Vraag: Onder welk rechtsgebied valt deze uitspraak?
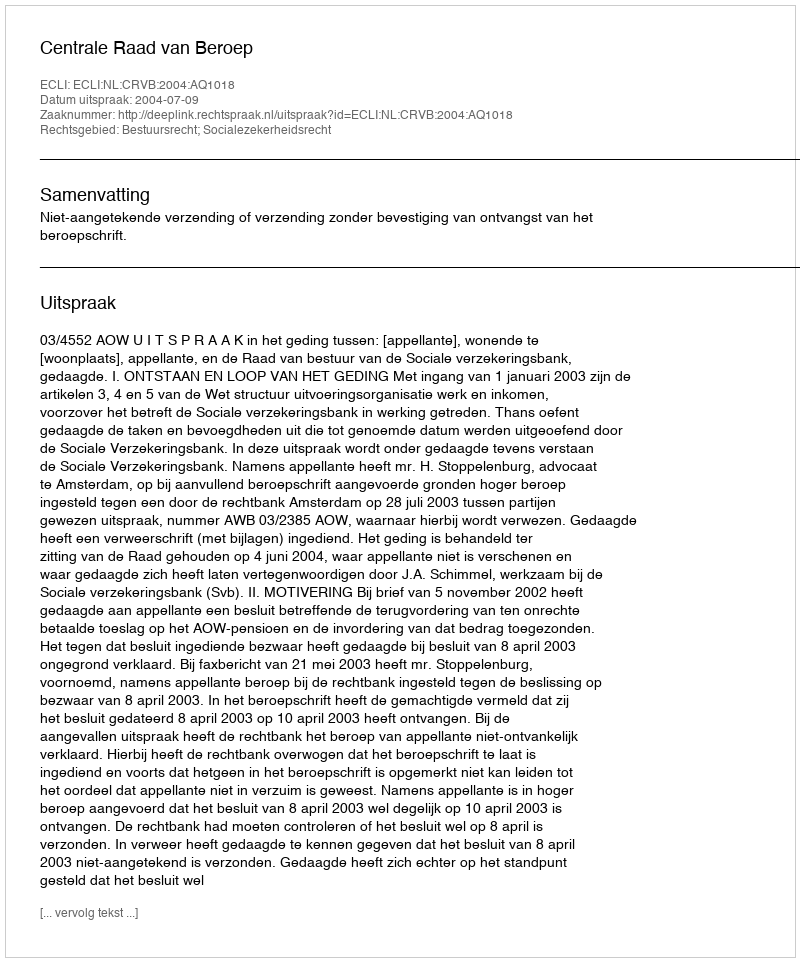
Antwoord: Bestuursrecht; Socialezekerheidsrecht